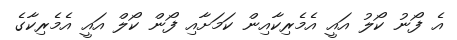
އެ ފޯނު ކޯލު އައީ އެމެރިކާއިން ކަމަށާއި ފޯން ކޯލް އައީ އެމެރިކާގެ